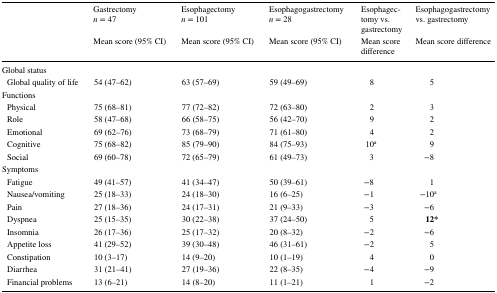
<table><thead><tr><td rowspan="2"></td><td><b>Gastrectomy<i>n</i> = 47</b></td><td><b>Esophagectomy<i>n</i> = 101</b></td><td><b>Esophagogastrectomy<i>n</i> = 28</b></td><td><b>Esophagectomy vs. gastrectomy</b></td><td><b>Esophagogastrectomy vs. gastrectomy</b></td></tr><tr><td><b>Mean score (95% CI)</b></td><td><b>Mean score (95% CI)</b></td><td><b>Mean score (95% CI)</b></td><td><b>Mean score difference</b></td><td><b>Mean score difference</b></td></tr></thead><tbody><tr><td colspan="6">Global status</td></tr><tr><td> Global quality of life</td><td>54 (47–62)</td><td>63 (57–69)</td><td>59 (49–69)</td><td>8</td><td>5</td></tr><tr><td colspan="6">Functions</td></tr><tr><td> Physical</td><td>75 (68–81)</td><td>77 (72–82)</td><td>72 (63–80)</td><td>2</td><td>3</td></tr><tr><td> Role</td><td>58 (47–68)</td><td>66 (58–75)</td><td>56 (42–70)</td><td>9</td><td>2</td></tr><tr><td> Emotional</td><td>69 (62–76)</td><td>73 (68–79)</td><td>71 (61–80)</td><td>4</td><td>2</td></tr><tr><td> Cognitive</td><td>75 (68–82)</td><td>85 (79–90)</td><td>84 (75–93)</td><td>10<sup>a</sup></td><td>9</td></tr><tr><td> Social</td><td>69 (60–78)</td><td>72 (65–79)</td><td>61 (49–73)</td><td>3</td><td>−8</td></tr><tr><td colspan="6">Symptoms</td></tr><tr><td> Fatigue</td><td>49 (41–57)</td><td>41 (34–47)</td><td>50 (39–61)</td><td>−8</td><td>1</td></tr><tr><td> Nausea/vomiting</td><td>25 (18–33)</td><td>24 (18–30)</td><td>16 (6–25)</td><td>−1</td><td>−10<sup>a</sup></td></tr><tr><td> Pain</td><td>27 (18–36)</td><td>24 (17–31)</td><td>21 (9–33)</td><td>−3</td><td>−6</td></tr><tr><td> Dyspnea</td><td>25 (15–35)</td><td>30 (22–38)</td><td>37 (24–50)</td><td>5</td><td><b>12*</b></td></tr><tr><td> Insomnia</td><td>26 (17–36)</td><td>25 (17–32)</td><td>20 (8–32)</td><td>−2</td><td>−6</td></tr><tr><td> Appetite loss</td><td>41 (29–52)</td><td>39 (30–48)</td><td>46 (31–61)</td><td>−2</td><td>5</td></tr><tr><td> Constipation</td><td>10 (3–17)</td><td>14 (9–20)</td><td>10 (1–19)</td><td>4</td><td>0</td></tr><tr><td> Diarrhea</td><td>31 (21–41)</td><td>27 (19–36)</td><td>22 (8–35)</td><td>−4</td><td>−9</td></tr><tr><td> Financial problems</td><td>13 (6–21)</td><td>14 (8–20)</td><td>11 (1–21)</td><td>1</td><td>−2</td></tr></tbody></table>